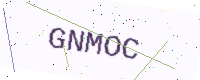
Text: GNMOC